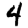
Digit: 4